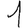
Digit: 1